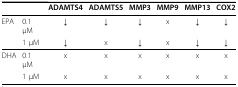
<table><thead><tr><td></td><td></td><td><b>ADAMTS4</b></td><td><b>ADAMTS5</b></td><td><b>MMP3</b></td><td><b>MMP9</b></td><td><b>MMP13</b></td><td><b>COX2</b></td></tr></thead><tbody><tr><td>EPA</td><td>0.1 μM</td><td>↓</td><td>↓</td><td>↓</td><td>x</td><td>↓</td><td>↓</td></tr><tr><td></td><td>1 μM</td><td>↓</td><td>x</td><td>↓</td><td>x</td><td>↓</td><td>↓</td></tr><tr><td>DHA</td><td>0.1 μM</td><td>x</td><td>x</td><td>x</td><td>x</td><td>x</td><td>x</td></tr><tr><td></td><td>1 μM</td><td>x</td><td>x</td><td>x</td><td>x</td><td>x</td><td>x</td></tr></tbody></table>